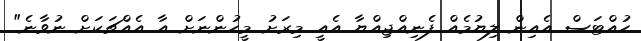
ހުއްޓަސް އެއިން ލިޔުމެއް ފެނިއްޖިއްޔާ އެއީ މިރަށު މީހުންނަށް އާ އެއްޗަކަށް ނުވާނެ"